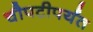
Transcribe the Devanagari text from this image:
चौपटीपर्यंत